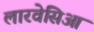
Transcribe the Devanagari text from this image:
लारवेसिआ